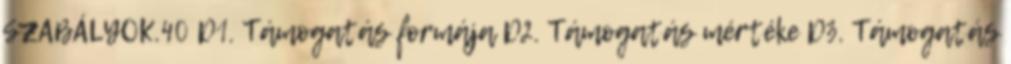
SZABÁLYOK.40 D1. Támogatás formája D2. Támogatás mértéke D3. Támogatás